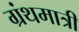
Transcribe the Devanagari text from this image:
ग्रंथमात्री